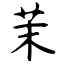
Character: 茉